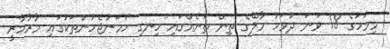
މިމަހުގެ 18 ވަނަ ދުވަހު މާލޭގެ ތިން ތަނެއްގައި ހިނގި ހަމަނުޖެހުންތަކުގައި މާރާމާރީ